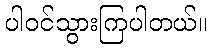
ပါဝင်သွားကြပါတယ်။